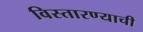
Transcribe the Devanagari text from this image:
विस्तारण्याची